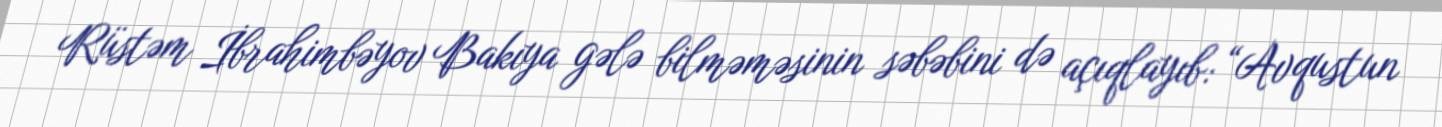
Rüstəm İbrahimbəyov Bakıya gələ bilməməsinin səbəbini də açıqlayıb: “Avqustun